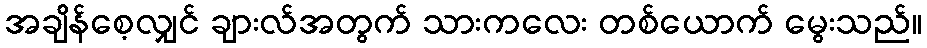
အချိန်စေ့လျှင် ချားလ်အတွက် သားကလေး တစ်ယောက် မွေးသည်။